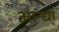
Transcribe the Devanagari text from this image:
आन्द्यां